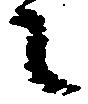
之